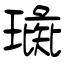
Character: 璏